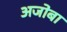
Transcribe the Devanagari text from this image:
अजोबा